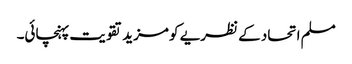
مسلم اتحاد کے نظریے کو مزید تقویت پہنچائی۔